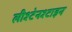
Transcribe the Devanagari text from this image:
लीश्टेनश्टाइन